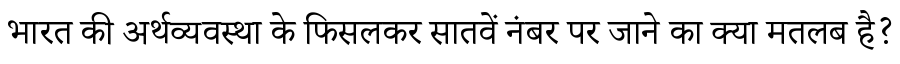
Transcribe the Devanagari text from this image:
भारत की अर्थव्यवस्था के फिसलकर सातवें नंबर पर जाने का क्या मतलब है?